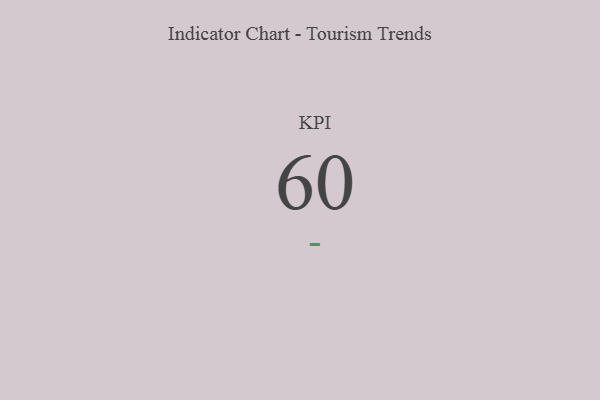
{"axis": {"x": "KPI", "y": "Value"}, "legend": [""], "data": [{"x": "KPI", "y": 60, "type": ""}]}